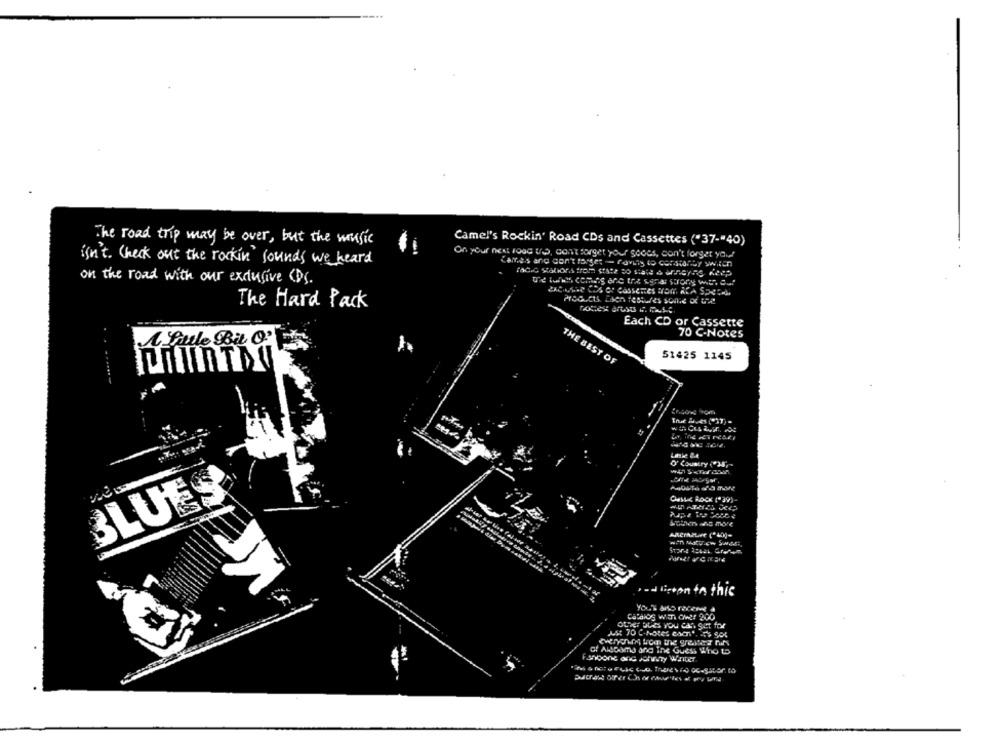
The road trip may be over, but the wufic
Camel's Rockin' Road CDs and Cassettes ("37-"40)
On your next road to, can't sorget your scoes, don't forget you!
isn't. Check out the rockin' sounds we heard
Cames ang don't forget - having to constanuy switch
on the road with our exclusive (DS.
the wwit's coming one the serar strony with out
ZACAMINO COS O: CASSERES VOR ALA SECCA
The Hard Pack
Products Eben features sonne of the"
Each CD or Cassette
70 C-Notes
51425 1145
THE BEST OF
O' Country ("34,
BLUES
Cesse Rock ("39)-
.= d liston in this
OLIEF DURS You Can SET for
of Alsooma and The Guess Who to
Fangone one Johnny Water